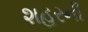
શહરની